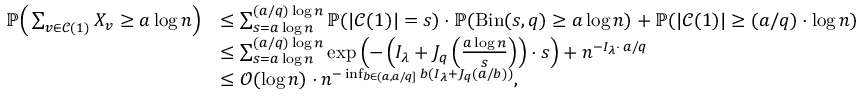
\begin{array} { r l } { \mathbb P \Big ( \sum _ { v \in \mathcal { C } ( 1 ) } X _ { v } \ge a \log n \Big ) } & { \le \sum _ { s = a \log n } ^ { ( a / q ) \log n } \mathbb P ( | \mathcal { C } ( 1 ) | = s ) \cdot \mathbb P ( \mathrm { B i n } ( s , q ) \ge a \log n ) + \mathbb P ( | \mathcal { C } ( 1 ) | \ge ( a / q ) \cdot \log n ) } \\ & { \le \sum _ { s = a \log n } ^ { ( a / q ) \log n } \exp \left( - \left( I _ { \lambda } + J _ { q } \left( \frac { a \log n } { s } \right) \right) \cdot s \right) + n ^ { - I _ { \lambda } \cdot \, a / q } } \\ & { \le \mathcal O ( \log n ) \cdot n ^ { - \operatorname* { i n f } _ { b \in ( a , a / q ] } b ( I _ { \lambda } + J _ { q } ( a / b ) ) } , } \end{array}